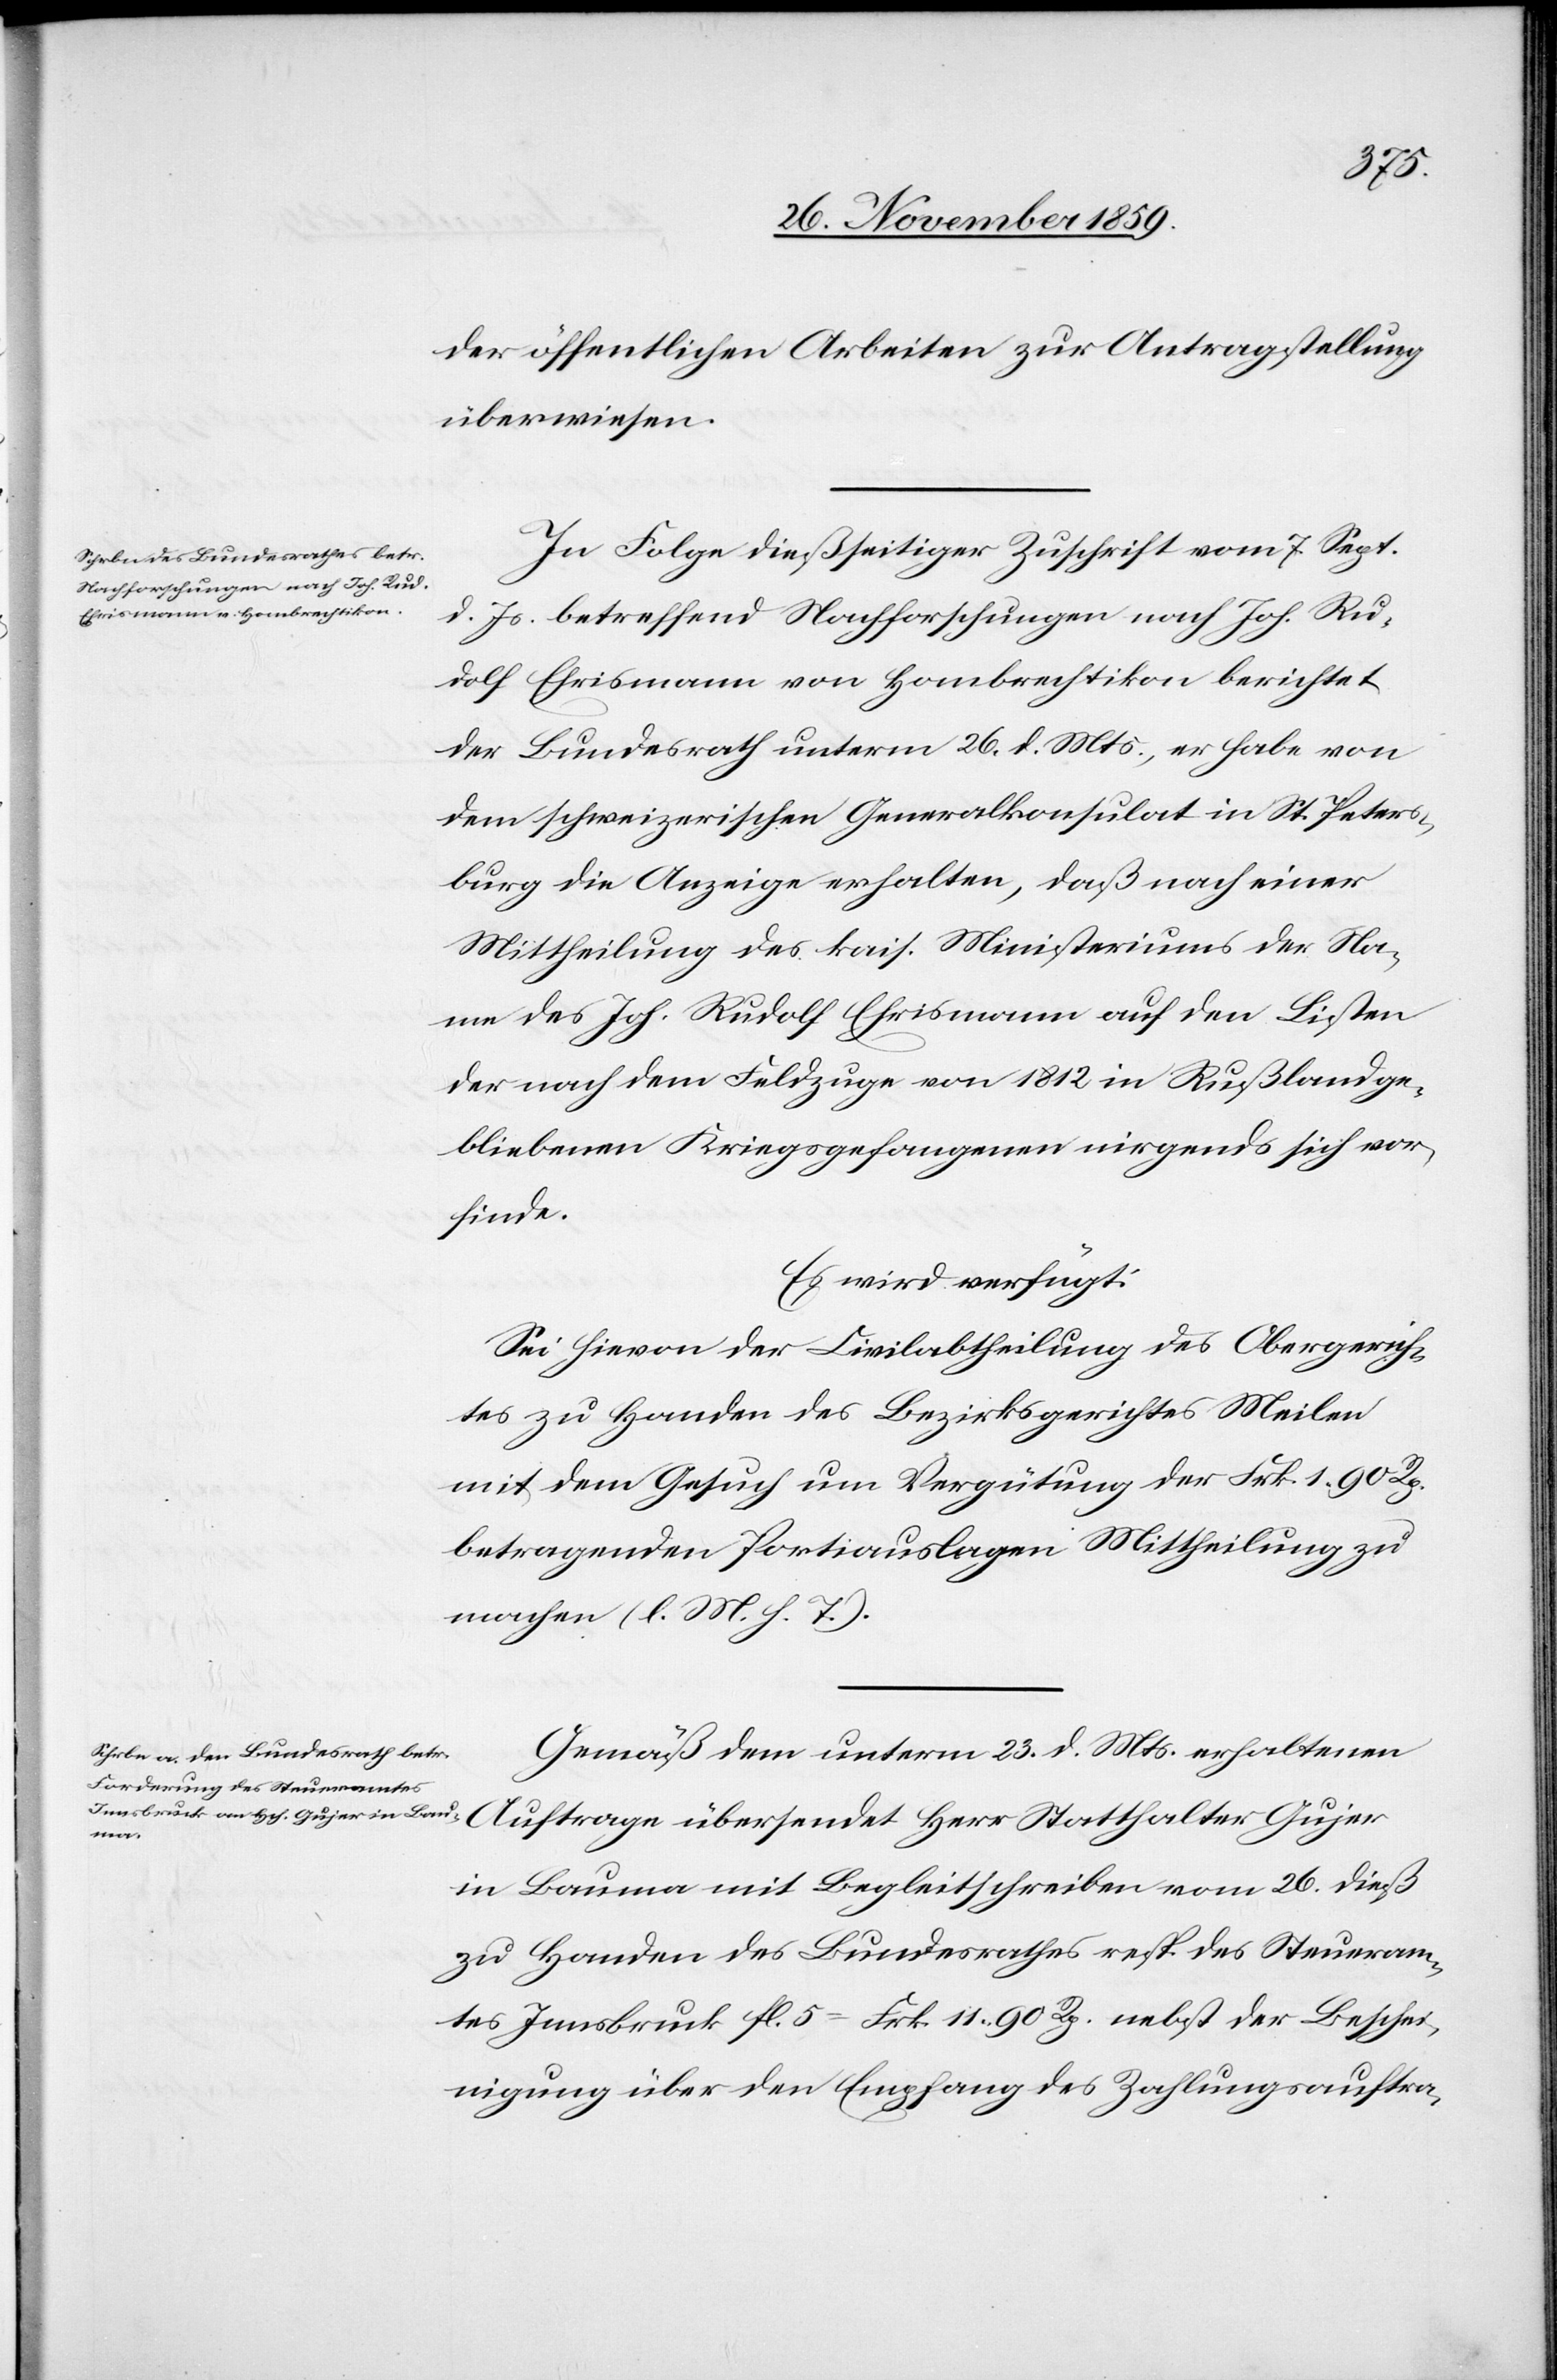
den
28. Novemb. 1859.]
der öffentlichen Arbeiten zur Antragstellung
überwiesen.
In Sache dießseitiger Zuschrift vom 7. Sept.
d. Js. betreffend Nachforschungen nach Joh. Rud¬
olf Ehrismann von Hombrechtikon berichtet
der Bundesrath unterm 26. d. Mts., er habe von
dem schweizerischen Generalkonsulat in St. Peters¬
burg die Anzeige erhalten, daß nach einer
Mittheilung des kais. Ministeriums der Na¬
men des Joh. Rudolf Ehrismann auf den Listen
der nach dem Feldzuge von 1812 in Rußland ge¬
bliebenen Kriegsgefangenen nirgends sich f¬
inde.
Es wird verfügt:
Sei hievon der Civilabtheilung des Obergerich¬
tes zu Handen des Bezirksgerichtes Meilen
mit dem Gesuch um Vergütung der Frk. 1 90 Rp.
betragenden Portiauslagen Mittheilung zu
machen (l. M. h. T.).
Gemäß dem unterm 23. d. Mts. erhaltenen
in Bauma mit Begleitschreiben vom 26. dieß
zu Handen des Bundesrathes resp. des Steueram¬
tes Innsbruck fl. 5 = Frk. 11 90 Rp. nebst der Beschei¬
nigung über den Empfang des Zuhlungsauftra-